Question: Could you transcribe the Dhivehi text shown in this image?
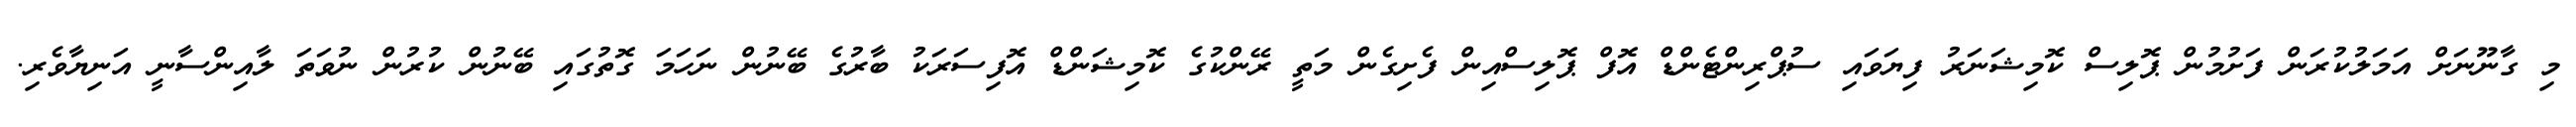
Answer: މި ގާނޫނަށް އަމަލުކުރަން ފަށުމުން ޕޮލިސް ކޮމިޝަނަރު ފިޔަވައި ސުޕްރިންޓެންޑް އޮފް ޕޮލިސްއިން ފެށިގެން މަތީ ރޭންކުގެ ކޮމިޝަންޑް އޮފިސަރަކު ބާރުގެ ބޭނުން ނަހަމަ ގޮތުގައި ބޭނުން ކުރުން ނުވަތަ ލާއިންސާނީ އަނިޔާވެރި.